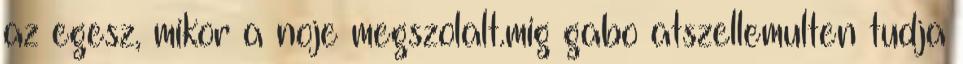
az egesz, mikor a noje megszolalt.mig gabo atszellemulten tudja